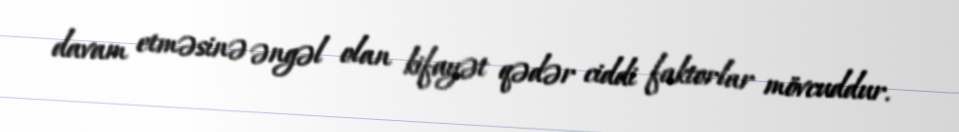
davam etməsinə əngəl olan kifayət qədər ciddi faktorlar mövcuddur.